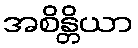
အစိန္တိယာ